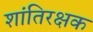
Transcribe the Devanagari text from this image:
शांतिरक्षक